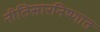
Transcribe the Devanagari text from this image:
नीतिसारनिष्णात